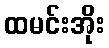
ထမင်းအိုး